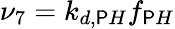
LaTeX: \nu_{7}=k_{d,\mathsf{P}H}f_{\mathsf{P}H}